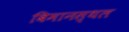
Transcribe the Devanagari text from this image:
बिमानस्थल